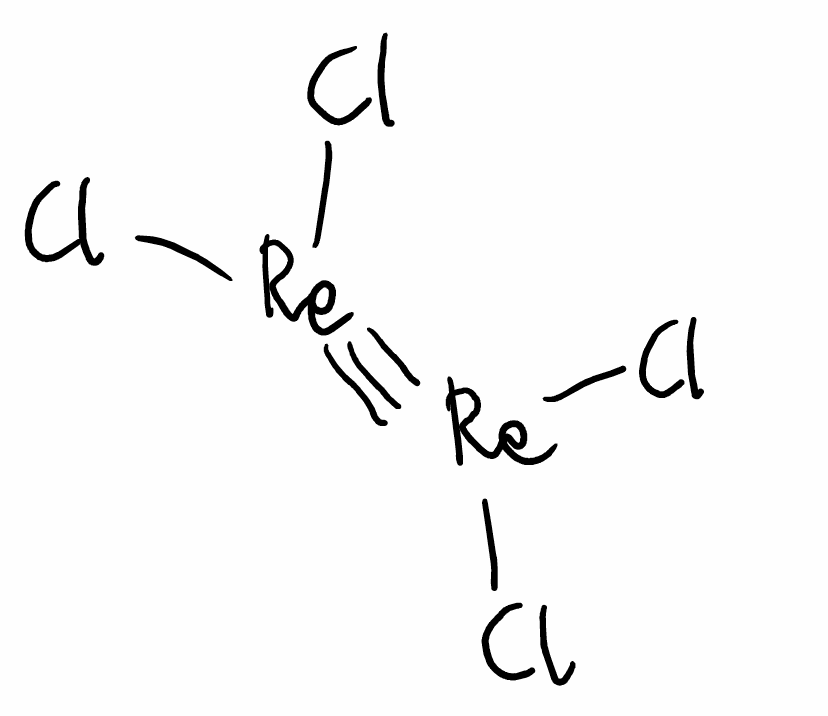
Simplified molecular-input line-entry system (SMILES) notation of the given molecule:
Cl[Re](#[Re](Cl)Cl)Cl